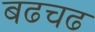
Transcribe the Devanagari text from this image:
बढचढ